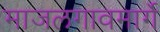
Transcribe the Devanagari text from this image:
माजलगावमार्गे